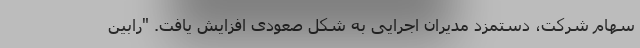
سهام شرکت، دستمزد مدیران اجرایی به شکل صعودی افزایش یافت. "رابین